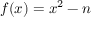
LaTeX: f ( x ) = x ^ { 2 } - n